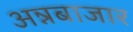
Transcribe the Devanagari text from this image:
अन्नबाजार